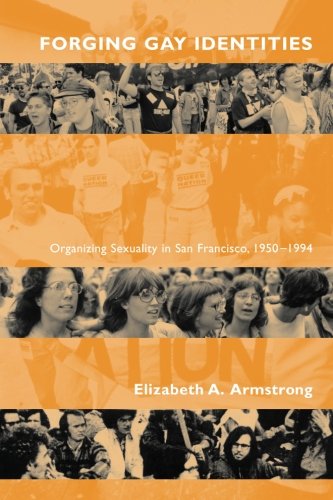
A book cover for Forging Gay Identities: Organizing Sexuality in San Francisco, 1950-1994; Elizabeth A. Armstrong; Gay & Lesbian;